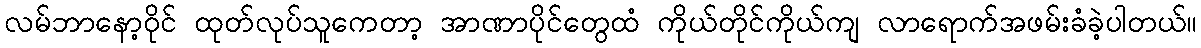
လမ်ဘာနော့ဝိုင် ထုတ်လုပ်သူကေတာ့ အာဏာပိုင်တွေထံ ကိုယ်တိုင်ကိုယ်ကျ လာရောက်အဖမ်းခံခဲ့ပါတယ်။